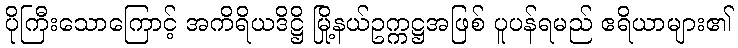
ပိုကြီးသောကြောင့် အကိရိယဒိဋ္ဌိ မြို့နယ်ဥက္ကဋ္ဌအဖြစ် ပူပန်ရမည် ဧရိယာများ၏